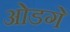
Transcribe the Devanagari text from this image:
ओडगें